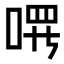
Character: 𪡔